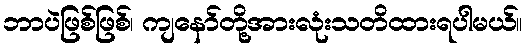
ဘာပဲဖြစ်ဖြစ်၊ ကျနော်တို့အားလုံးသတိထားရပါမယ်။